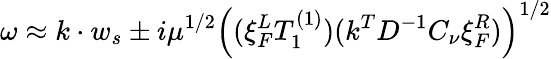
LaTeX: \omega\approx k\cdot w_{s}\pm i\mu^{1/2}\left((\xi_{F}^{L}T_{1}^{(1)})(k^{T}D^{-1}C_{\nu}\xi_{F}^{R})\right)^{1/2}